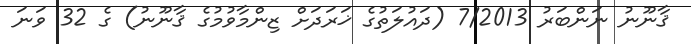
ޤާނޫނު ނަންބަރު 7/2013 (ދައުލަތުގެ ޚަރަދަށް ޒިންމާވުމުގެ ޤާނޫނު) ގެ 32 ވަނަ